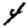
Digit: 4